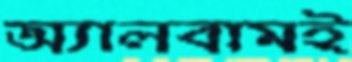
অ্যালবামই